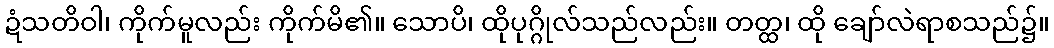
ဍံသတိဝါ၊ ကိုက်မူလည်း ကိုက်မိ၏။ သောပိ၊ ထိုပုဂ္ဂိုလ်သည်လည်း။ တတ္ထ၊ ထို ချော်လဲရာစသည်၌။